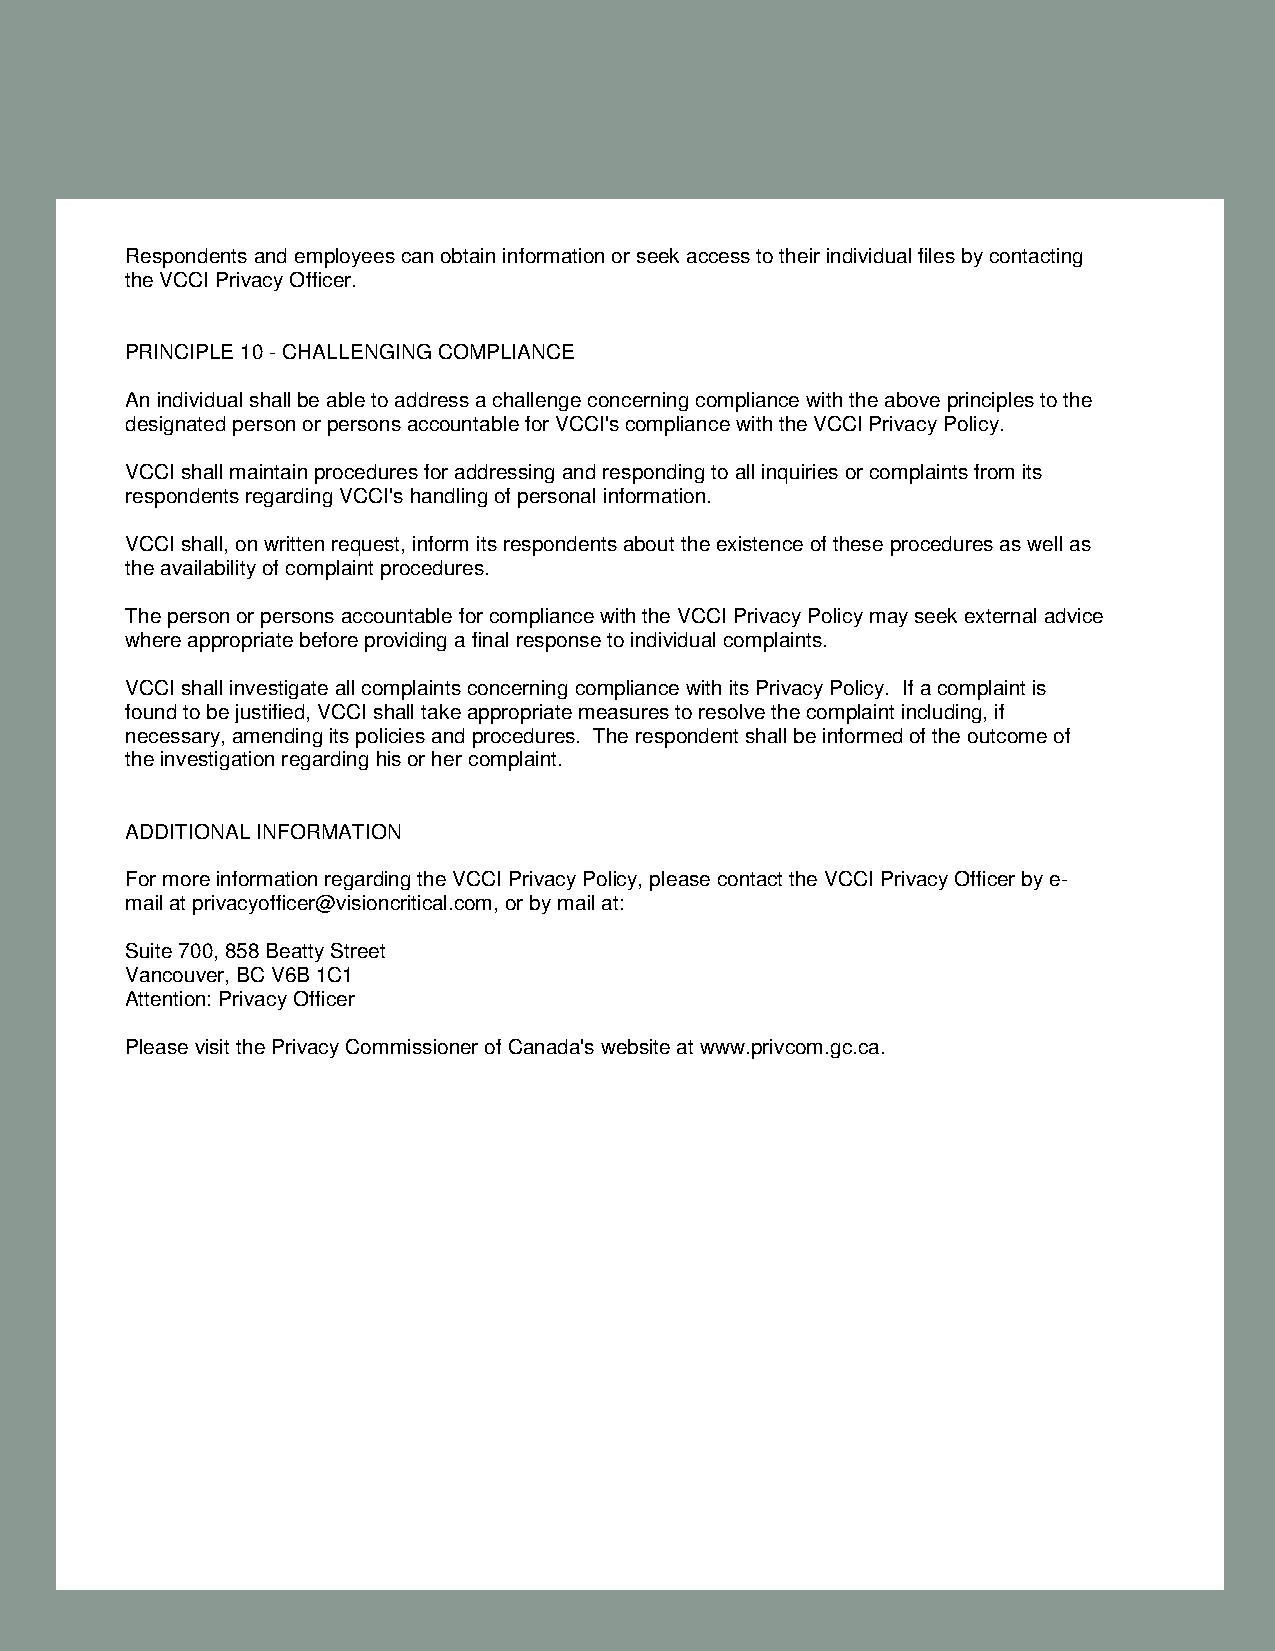
Respondents and employees can obtain information or seek access to their individual files by contacting
 the VCCI Privacy Officer.
 PRINCIPLE 10 - CHALLENGING COMPLIANCE
 An individual shall be able to address a challenge concerning compliance with the above principles to the
 designated person or persons accountable for VCCI's compliance with the VCCI Privacy Policy.
 VCCI shall maintain procedures for addressing and responding to all inquiries or complaints from its
 respondents regarding VCCI's handling of personal information.
 VCCI shall, on written request, inform its respondents about the existence of these procedures as well as
 the availability of complaint procedures.
 The person or persons accountable for compliance with the VCCI Privacy Policy may seek external advice
 where appropriate before providing a final response to individual complaints.
 VCCI shall investigate all complaints concerning compliance with its Privacy Policy. If a complaint is
 found to be justified, VCCI shall take appropriate measures to resolve the complaint including, if
 necessary, amending its policies and procedures. The respondent shall be informed of the outcome of
 the investigation regarding his or her complaint.
 ADDITIONAL INFORMATION
 For more information regarding the VCCI Privacy Policy, please contact the VCCI Privacy Officer by e-
 mail at privacyofficer@visioncritical.com, or by mail at:
 Suite 700, 858 Beatty Street
 Vancouver, BC V6B 1C1
 Attention: Privacy Officer
 Please visit the Privacy Commissioner of Canada's website at www.privcom.gc.ca.